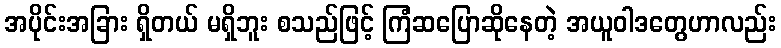
အပိုင်းအခြား ရှိတယ် မရှိဘူး စသည်ဖြင့် ကြံဆပြောဆိုနေတဲ့ အယူဝါဒတွေဟာလည်း